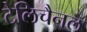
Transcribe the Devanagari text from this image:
टेलिचैनल